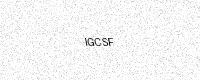
Text: IGCSF